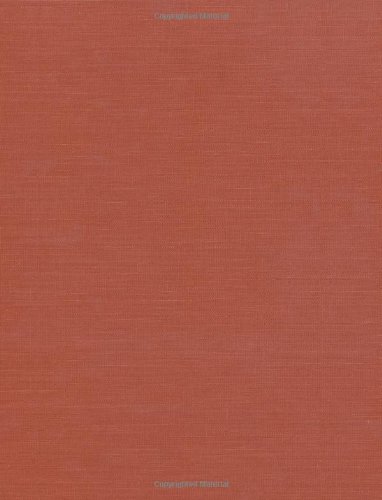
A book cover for Ancient Near Eastern Texts Relating to the Old Testament with Supplement; History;